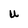
Character: u